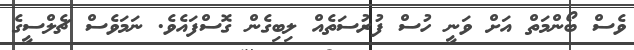
ވެސް ބޯންމަތް އަށް ވަނީ ހުސް ފުރުސަތެއް ލިބިގެން ގޮސްފައެވެ. ނަމަވެސް ޗެލްސީގެ